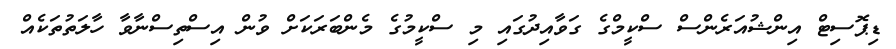
ޑިޕޮސިޓް އިންޝުއަރެންސް ސްކީމްގެ ގަވާއިދުގައި މި ސްކީމުގެ މެންބަރަކަށް ވުން އިސްތިސްނާވާ ހާލަތުތަކެއް